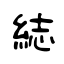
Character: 綕